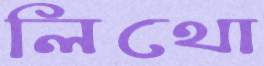
লিথো